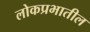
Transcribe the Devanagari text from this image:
लोकप्रभातील